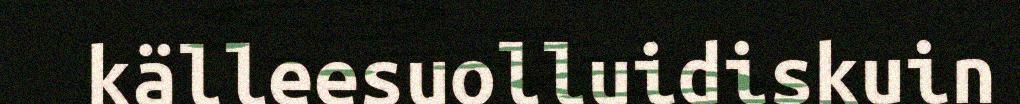
källeesuolluidiskuin